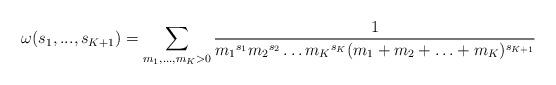
LaTeX: \begin{align*} \omega(s_1, ... , s_{K+1}) = \sum_{m_1,...,m_K >0} \frac{1}{{m_1}^{s_1} {m_2}^{s_2} \ldots {m_K}^{s_{K}}(m_1 + m_2 + \ldots +m_{K})^{s_{K+1}}}\end{align*}